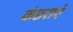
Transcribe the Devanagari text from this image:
कंडराएं